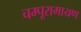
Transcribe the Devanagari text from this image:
चम्पूरामायण